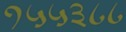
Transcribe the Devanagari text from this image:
१५५३८८